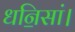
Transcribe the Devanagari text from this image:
धनि॒सां।